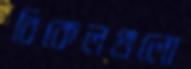
বিকেলগুলো